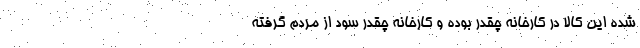
شده این کالا در کارخانه چقدر بوده و کارخانه چقدر سود از مردم گرفته